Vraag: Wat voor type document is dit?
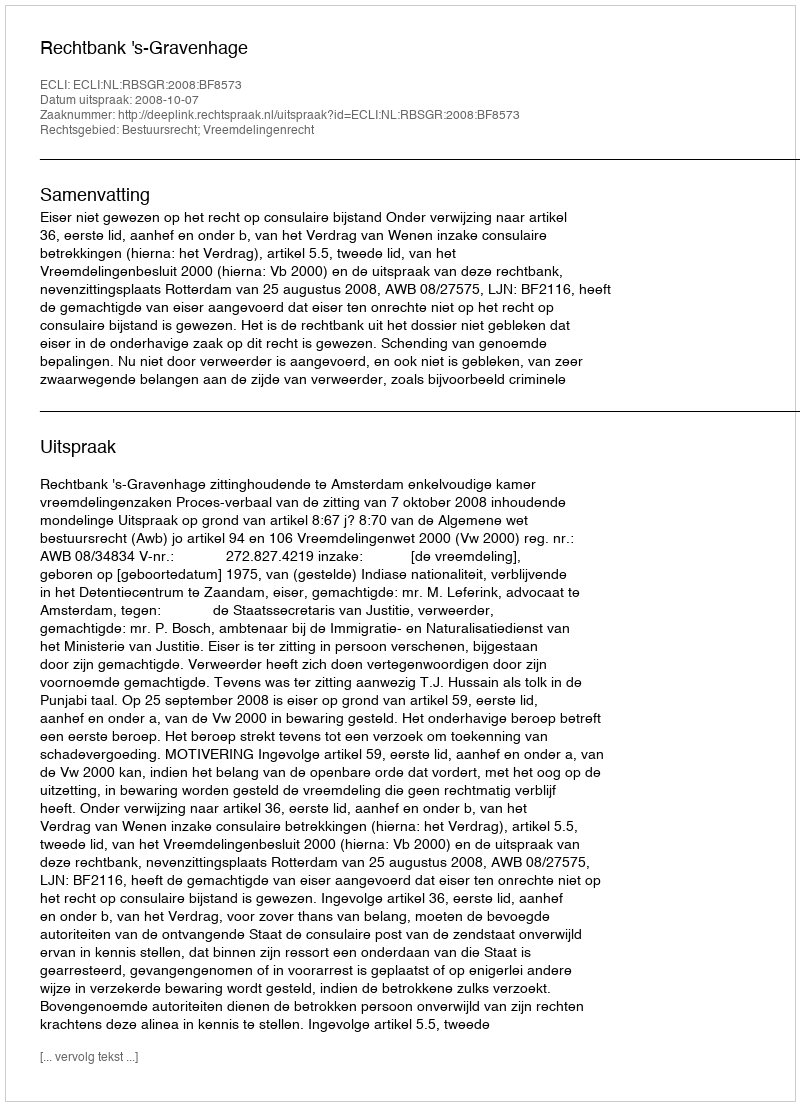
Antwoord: Uitspraak